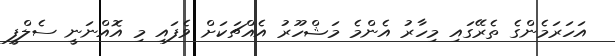
އަހަރަމެންގެ ތެރޭގައި މިހާރު އެންމެ މަޝްހޫރު އެއްޗަކަށް ވެފައި މި އޮއްނަނީ ސެލްފީ